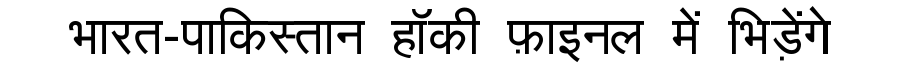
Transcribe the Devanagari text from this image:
भारत-पाकिस्तान हॉकी फ़ाइनल में भिड़ेंगे